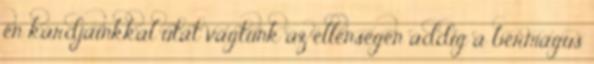
én kardjainkkal utat vágtunk az ellenségen addig a bérmágus